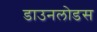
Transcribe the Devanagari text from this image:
डाउनलोडस